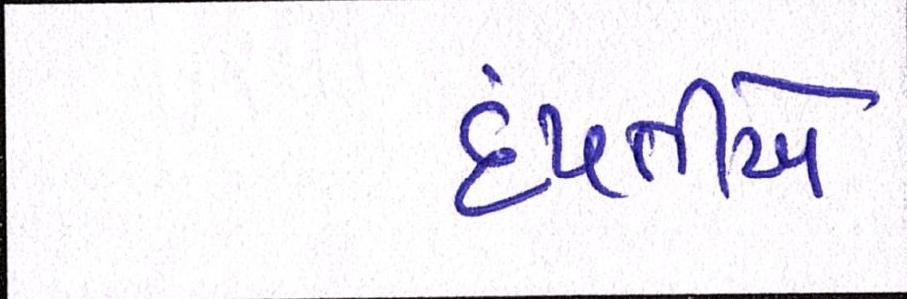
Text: દંપતીએ